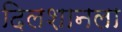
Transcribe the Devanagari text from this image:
दिलशानला